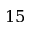
1 5